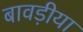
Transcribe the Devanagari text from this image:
बावड़ीया